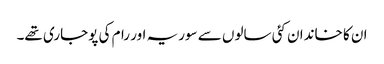
ان کا خاندان کئی سالوں سے سوریہ اور رام کی پوجاری تھے۔